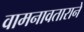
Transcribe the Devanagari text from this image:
वामनावताराने